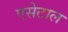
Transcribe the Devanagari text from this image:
एसेटाल